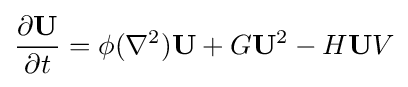
{\frac {\partial \mathbf {U} }{\partial t}}=\phi (\nabla ^{2})\mathbf {U} +G\mathbf {U} ^{2}-H\mathbf {U} V